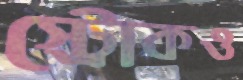
স্ট্রোকও